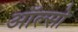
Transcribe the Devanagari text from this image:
ऑल्सो